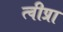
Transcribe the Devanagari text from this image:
त्वीप्रा